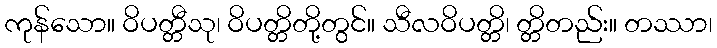
ကုန်သော။ ဝိပတ္တီသု၊ ဝိပတ္တိတို့တွင်။ သီလဝိပတ္တိ၊ တ္တိတည်း။ တဿာ၊